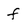
Character: f